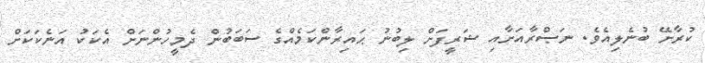
ކުރާށޭ ބުނެލިއެވެ. ނަޞްރާއަށާއި ޝަރީފަށް ލިބުނު ޙައިރާންކަމެއްގެ ސަބަބުން ދެމީހުންނަށް އެކަކު އަނެކަކަށް